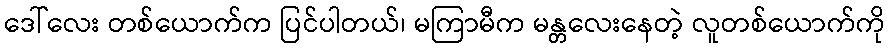
ဒေါ်လေး တစ်ယောက်က ပြင်ပါတယ်၊ မကြာမီက မန္တလေးနေတဲ့ လူတစ်ယောက်ကို